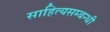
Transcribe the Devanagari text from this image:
साहित्यसम्बन्धी